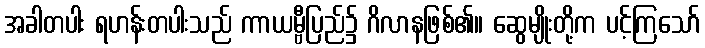
အခါတပါး ရဟန်းတပါးသည် ကာယမ္ဗီပြည်၌ ဂိလာနဖြစ်၏။ ဆွေမျိုးတို့က ပင့်ကြသော်